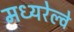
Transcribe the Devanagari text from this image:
मध्यरेल्वे